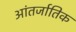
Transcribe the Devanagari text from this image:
आंतर्जातिक